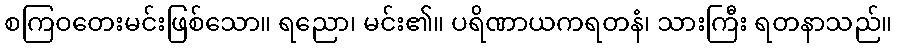
စကြဝတေးမင်းဖြစ်သော။ ရညော၊ မင်း၏။ ပရိဏာယကရတနံ၊ သားကြီး ရတနာသည်။